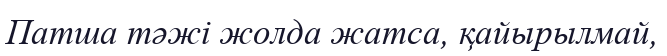
Патша тәжі жолда жатса, қайырылмай,